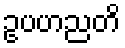
ဥပဟညတိ